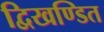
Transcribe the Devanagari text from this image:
द्विखण्डित